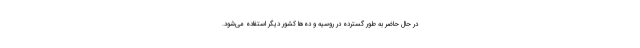
در حال حاضر به طور گسترده در روسیه و ده‌ها کشور دیگر استفاده می‌شود.